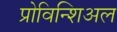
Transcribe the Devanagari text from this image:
प्रोविन्शिअल